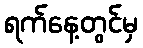
ရက်နေ့တွင်မှ